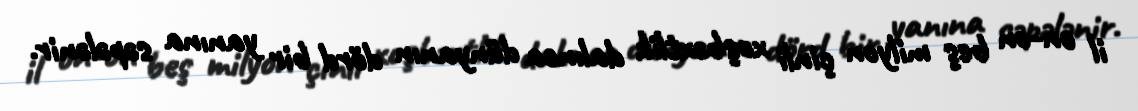
il on-on beş milyon çinli xoşbəxtlik dalınca dünyanın dörd bir yanına səpələnir.